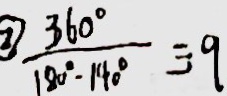
\textcircled { 3 } \frac { 3 6 0 ^ { \circ } } { 1 8 0 ^ { \circ } - 1 4 0 ^ { \circ } } = 9